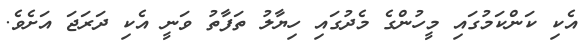
އެކި ކަންކަމުގައި މީހުންގެ މެދުގައި ހިޔާލު ތަފާތު ވަނީ އެކި ދަރަޖަ އަށެވެ.